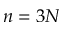
n = 3 N